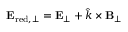
{ \bf E } _ { \mathrm { r e d , \perp } } = { \bf E } _ { \perp } + \hat { k } \times { \bf B } _ { \perp }